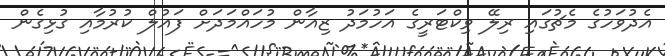
އެދުވަހުގެ މެޗުގައި ރިލޭ ވިކްޓަރީގެ އަހުމަދު ޒިއާން މުހައްމަދަށް ފައުލް ކުރުމާއި ގުޅިގެން